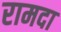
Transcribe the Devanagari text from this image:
रामदा